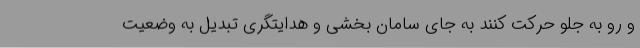
و رو به جلو حرکت کنند به جای سامان بخشی و هدایتگری تبدیل به وضعیت